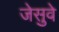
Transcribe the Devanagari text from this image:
जेसुवे